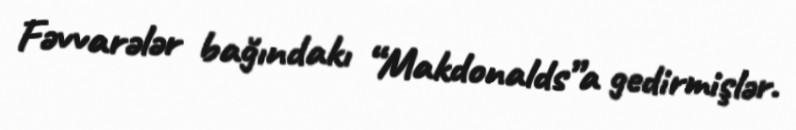
Fəvvarələr bağındakı “Makdonalds”a gedirmişlər.